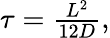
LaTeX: \begin{array}{r}{\tau=\frac{L^{2}}{12D},}\end{array}